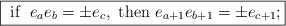
LaTeX: \begin{align*}\fbox{$\mbox{ if } \; e_{a}e_{b}=\pm e_{c}, \mbox{ then } e_{a+1}e_{b+1}=\pm e_{c+1};$}\end{align*}